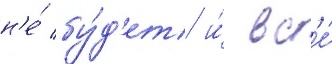
н'е́ бу́д'ет и́ вс'е́